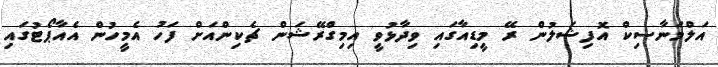
އަލްމަނާސިކް އޮފިޝަލުން ރޭ މީޑިއާގައި ވިދާޅުވީ އިމިގްރޭޝަން ޗެކިންއަށް ފަހު އެމީހުން އެއާޕޯޓުގައި